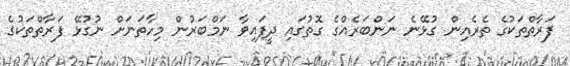
ފަރާތްތަކުގެ ތެރެއިން ގުޅޭނެ ނަންބަރެއްގެ ގޮތުގައި ދީފައިވާ ނަމްބަރުން މިހާތަނަށް ނުގުޅޭ ފަރާތްތަކުގެ